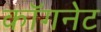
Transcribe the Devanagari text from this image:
कॉगनेट